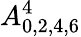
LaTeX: A_{0,2,4,6}^{4}